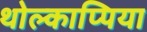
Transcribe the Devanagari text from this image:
थोल्काप्पिया